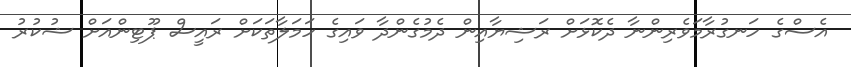
އެސްގެ ހަނގުރާމަވެރިންނާ ދެކޮޅަށް ރަޝިޔާއިން ދެމުގެންދާ ވައިގެ ހަމަލާތަކަށް ރައީސް ޕޫޓިންއަށް ޝުކުރު